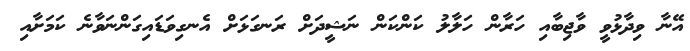
އޭނާ ވިދާޅުވީ ވާޖިބާއި ހަރާން ހަލާލު ކަންކަން ނަޝީދަށް ރަނގަޅަށް އެނގިވަޑައިގަންނަވާނެ ކަމަށާއި